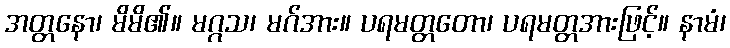
အတ္တနော၊ မိမိ၏။ မဂ္ဂသ၊ မဂ်အား။ ပရမတ္တတော၊ ပရမတ္တအားဖြင့်။ နာမံ၊